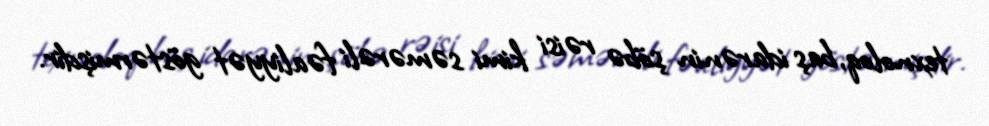
texnoloq, baş idarənin şöbə rəisi kimi səmərəli fəaliyyət göstərmişdir.